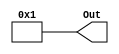
/*
 *		Module		:	Constant Value Generator
 * 	Description	: 	Generates n-bit v value
 *		Inputs		: 	*
 *						: 	*
 *						:	*
 *						:	*
 *						:	*
 *
 *		Outputs		: 	Constant V
 */

module ConstantValueGenerator
#(
	parameter WIDTH = 4,
	parameter VALUE = 1
)(
	output wire [WIDTH-1:0] Out
);

	assign Out = VALUE;


endmodule